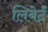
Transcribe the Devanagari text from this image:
लिबेर्टॅ